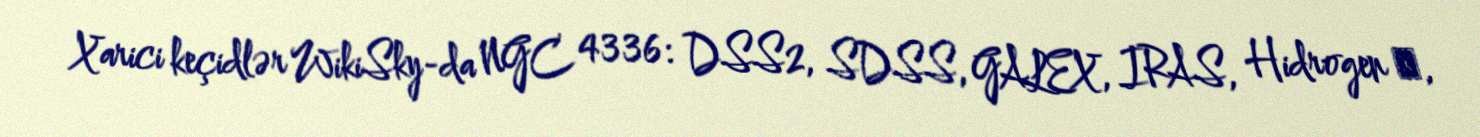
Xarici keçidlər WikiSky-da NGC 4336: DSS2, SDSS, GALEX, IRAS, Hidrogen α,